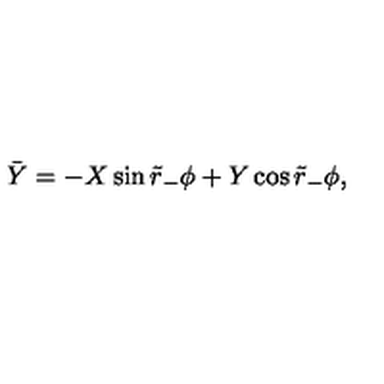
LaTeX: \bar { Y } = - X \sin \tilde { r } _ { - } \phi + Y \cos \tilde { r } _ { - } \phi ,